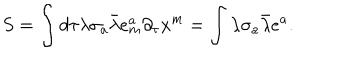
S = \int d \tau \lambda \sigma _ { a } \bar { \lambda } e _ { m } ^ { a } \partial _ { \tau } x ^ { m } = \int \lambda \sigma _ { a } \bar { \lambda } e ^ { a } .